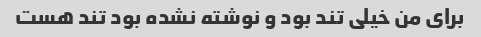
برای من خیلی تند بود و نوشته نشده بود تند هست